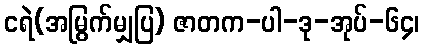
ငရဲ(အမြွက်မျှပြ) ဇာတက-ပါ-ဒု-အုပ်-၆၄၊